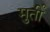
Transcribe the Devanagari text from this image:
मुर्तीं